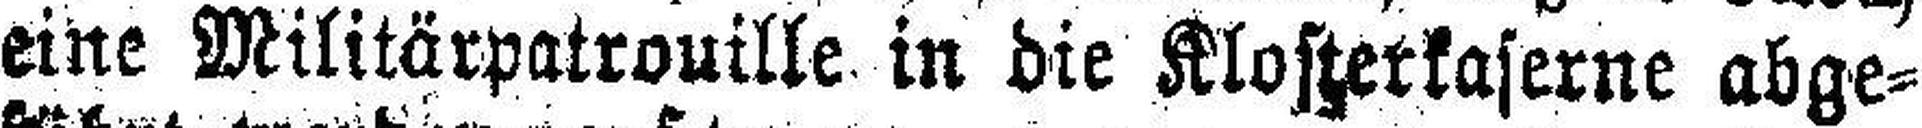
eine Militärpatrouille in die Klosterkaserne abge¬